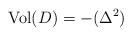
LaTeX: \begin{align*}{\rm Vol}(D)=-(\Delta^2)\end{align*}